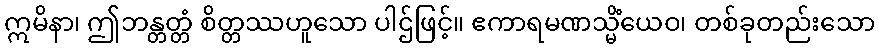
ဣမိနာ၊ ဤဘန္တတ္တံ စိတ္တဿဟူသော ပါဌ်ဖြင့်။ ဧကာရမဏသ္မိံယေဝ၊ တစ်ခုတည်းသော